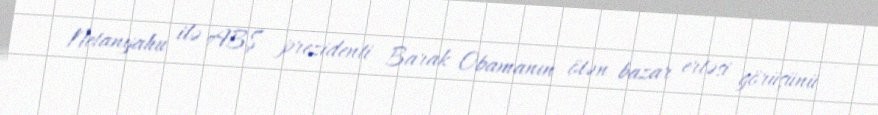
Netanyahu ilə ABŞ prezidenti Barak Obamanın ötən bazar ertəsi görüşünü